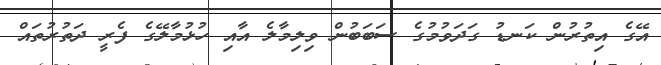
އޭގެ އިތުރުން ކަނޑު ގަދަވުމުގެ ސަބަބުން ވިލިމާލެ އާއި ހުޅުމާލޭގެ ފެރީ ދަތުރުތައް